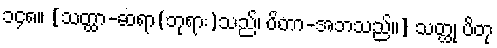
၁၄၈။ [သတ္ထာ-ဆရာ(ဘုရား)သည်၊ ပိတာ-အဘသည်။] သတ္ထု ပိတု